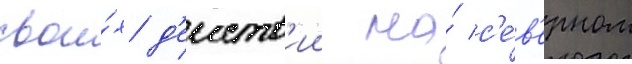
свои́х д'еиств'ии на́ с'е́в'ерном